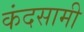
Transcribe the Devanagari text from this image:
कंदसामी